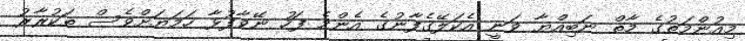
މިއުންމަތުގެ މާތް ނަބިއްޔާ ވަނީ އެކަލޭގެފާނުގެ އެންމެ ފަހު ނޭވާފުޅާ ހަމަޔަށްވެސް ތަކުރާރު